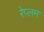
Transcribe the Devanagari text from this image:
रेप्लम